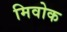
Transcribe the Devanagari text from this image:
मिवोक